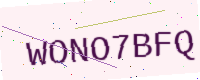
Text: WONO7BFQ